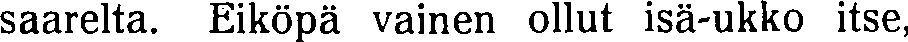
saarelta. Eiköpä vainen ollut isä-ukko itse,